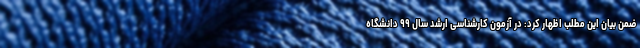
ضمن بیان این مطلب اظهار کرد: در آزمون کارشناسی ارشد سال ۹۹ دانشگاه